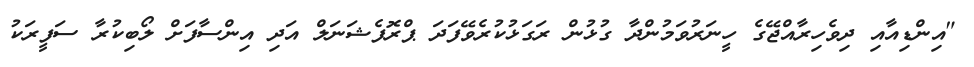
"އިންޑިއާއި ދިވެހިރާއްޖޭގެ ހީނަރުވަމުންދާ ގުޅުން ރަގަޅުކުރެވޭފަދަ ޕްރޮފެޝަނަލް އަދި އިންސާފަށް ލޯބިކުރާ ސަފީރަކު